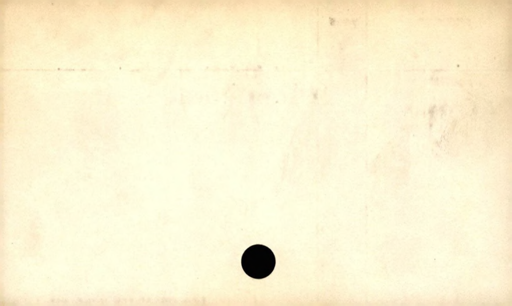
Label: divider